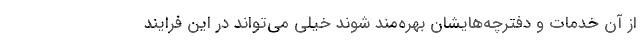
از آن خدمات و دفترچه‌هایشان بهره‌مند شوند خیلی می‌تواند در این فرایند